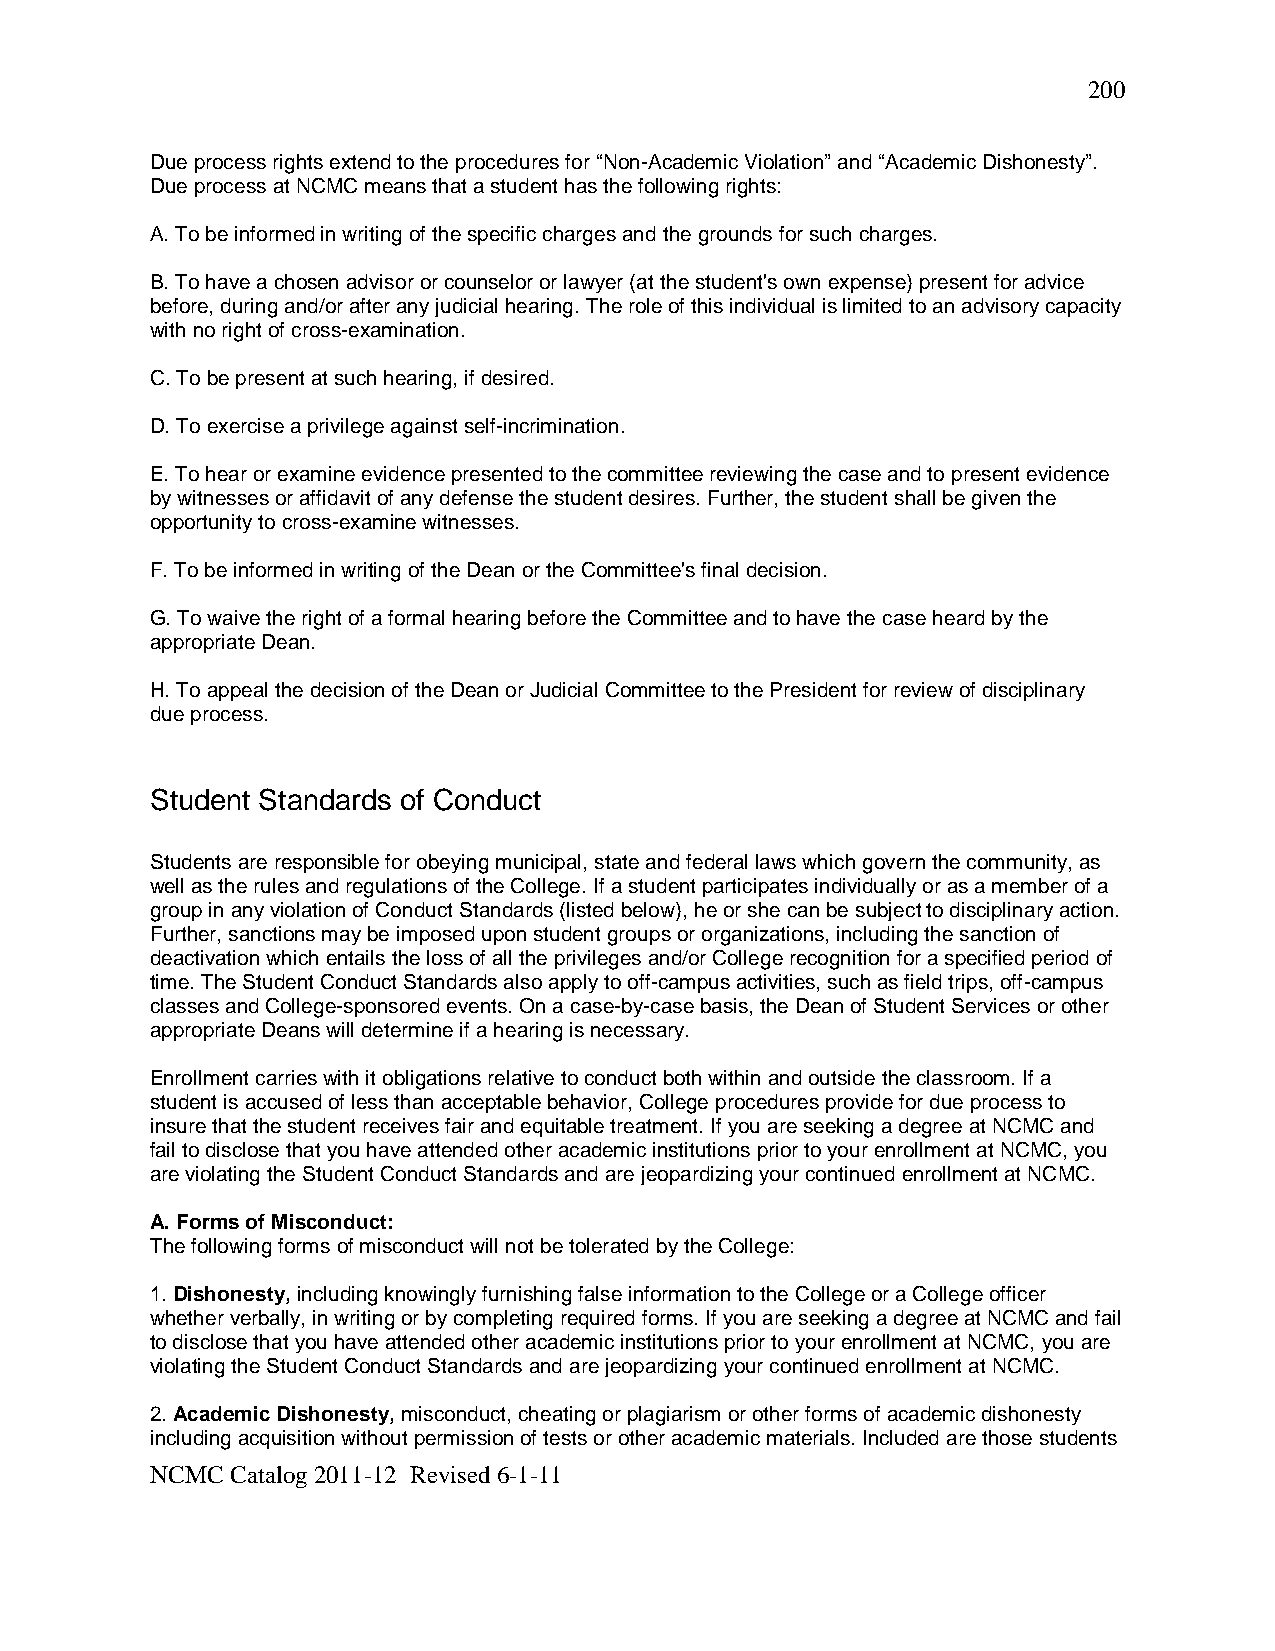
200
 Due process rights extend to the procedures for “Non-Academic Violation” and “Academic Dishonesty”.
 Due process at NCMC means that a student has the following rights:
 A. To be informed in writing of the specific charges and the grounds for such charges.
 B. To have a chosen advisor or counselor or lawyer (at the student's own expense) present for advice
 before, during and/or after any judicial hearing. The role of this individual is limited to an advisory capacity
 with no right of cross-examination.
 C. To be present at such hearing, if desired.
 D. To exercise a privilege against self-incrimination.
 E. To hear or examine evidence presented to the committee reviewing the case and to present evidence
 by witnesses or affidavit of any defense the student desires. Further, the student shall be given the
 opportunity to cross-examine witnesses.
 F. To be informed in writing of the Dean or the Committee's final decision.
 G. To waive the right of a formal hearing before the Committee and to have the case heard by the
 appropriate Dean.
 H. To appeal the decision of the Dean or Judicial Committee to the President for review of disciplinary
 due process.
 Student Standards of Conduct
 Students are responsible for obeying municipal, state and federal laws which govern the community, as
 well as the rules and regulations of the College. If a student participates individually or as a member of a
 group in any violation of Conduct Standards (listed below), he or she can be subject to disciplinary action.
 Further, sanctions may be imposed upon student groups or organizations, including the sanction of
 deactivation which entails the loss of all the privileges and/or College recognition for a specified period of
 time. The Student Conduct Standards also apply to off-campus activities, such as field trips, off-campus
 classes and College-sponsored events. On a case-by-case basis, the Dean of Student Services or other
 appropriate Deans will determine if a hearing is necessary.
 Enrollment carries with it obligations relative to conduct both within and outside the classroom. If a
 student is accused of less than acceptable behavior, College procedures provide for due process to
 insure that the student receives fair and equitable treatment. If you are seeking a degree at NCMC and
 fail to disclose that you have attended other academic institutions prior to your enrollment at NCMC, you
 are violating the Student Conduct Standards and are jeopardizing your continued enrollment at NCMC.
 A. Forms of Misconduct:
 The following forms of misconduct will not be tolerated by the College:
 1. Dishonesty, including knowingly furnishing false information to the College or a College officer
 whether verbally, in writing or by completing required forms. If you are seeking a degree at NCMC and fail
 to disclose that you have attended other academic institutions prior to your enrollment at NCMC, you are
 violating the Student Conduct Standards and are jeopardizing your continued enrollment at NCMC.
 2. Academic Dishonesty, misconduct, cheating or plagiarism or other forms of academic dishonesty
 including acquisition without permission of tests or other academic materials. Included are those students
 NCMC Catalog 2011-12 Revised 6-1-11